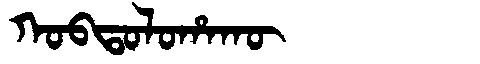
Manchu: ᡴᠣᠪᡨᠣᠯᠣᡥᠠᡴᡡ
Romanization: KOBTOLOHAKŪ